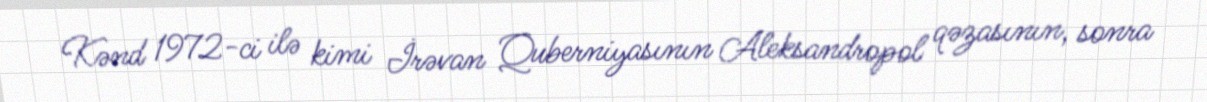
Kənd 1972-ci ilə kimi İrəvan Quberniyasının Aleksandropol qəzasının, sonra